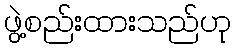
ဖွဲ့စည်းထားသည်ဟု